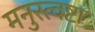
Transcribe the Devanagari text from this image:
मनुस्त्वष्टा